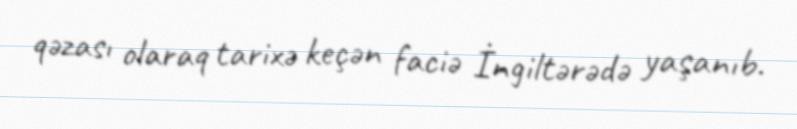
qəzası olaraq tarixə keçən faciə İngiltərədə yaşanıb.